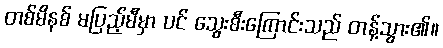
တစ်မိနစ် မပြည့်မီမှာ ပင် သွေးစီးကြောင်းသည် တန့်သွား၏။